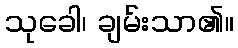
သုခေါ၊ ချမ်းသာ၏။